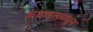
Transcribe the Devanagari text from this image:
कंदाहारमधून